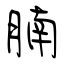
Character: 腩